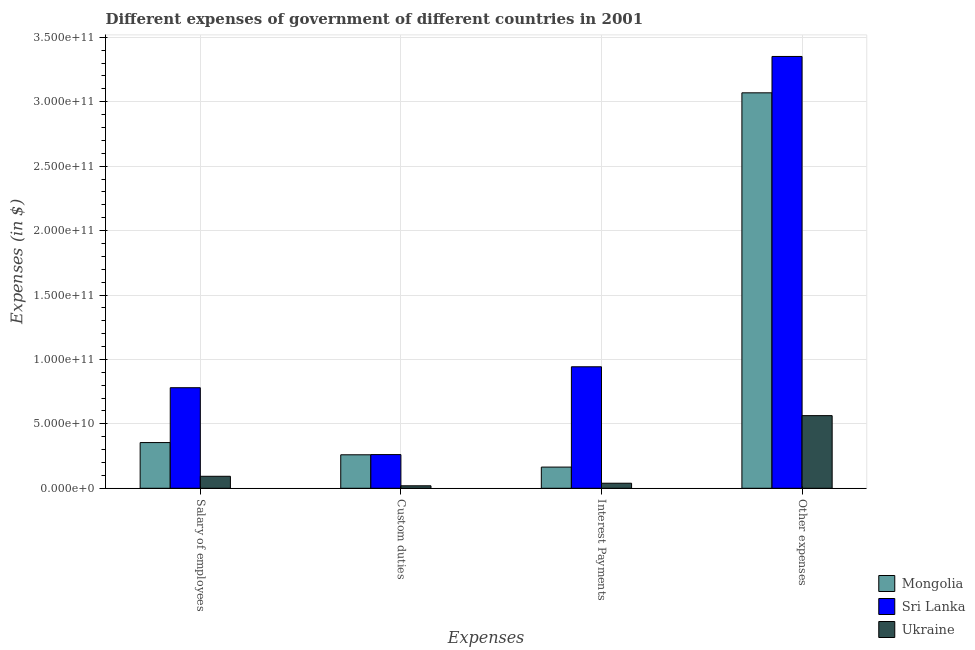
| Expenses | Mongolia | Sri Lanka | Ukraine |
 | --- | --- | --- | --- |
 | Salary of employees | 3.55e+10 | 7.81e+10 | 9.31e+09 |
 | Custom duties | 2.6e+10 | 2.62e+10 | 1.94e+09 |
 | Interest Payments | 1.64e+10 | 9.43e+10 | 3.92e+09 |
 | Other expenses | 3.07e+11 | 3.35e+11 | 5.64e+10 |